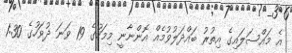
އެ މައްސަލައިގެ އިތުރު ބައްދަލުވުމެއް އޮންނާނީ މިމަހުގެ 19 ވަނަ ދުވަހުގެ 1:30